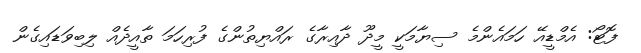
ފޮޓޯ: އެމްޑީއޭ ހަމައެންމެ ސިޔާމަކީ މީދޫ ދާއިރާގެ ރައްޔިތުންގެ ފުރިހަމަ ތާއީދެއް ލިބިވަޑައިގެން